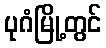
ပုဂံမြို့တွင်